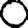
Digit: 0